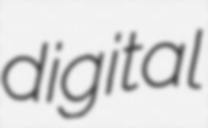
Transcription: digital